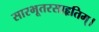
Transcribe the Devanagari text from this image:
सारभूतरसाहृतिम्।